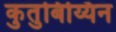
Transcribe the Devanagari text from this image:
कुतुबिय्यिन